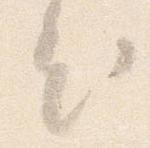
出